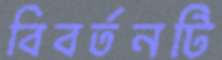
বিবর্তনটি